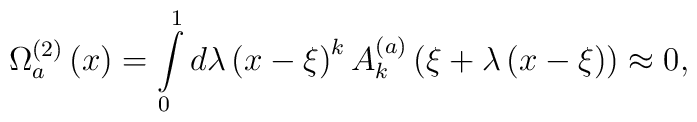
\Omega _a^{\left( 2 \right)} \left( x \right) = \int\limits_0^1{d\lambda } \left( {x - \xi } \right)^k A_k^{\left( a \right)}\left( {\xi  + \lambda \left( {x - \xi } \right)} \right) \approx0   ,